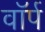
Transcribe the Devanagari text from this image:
वॉर्प